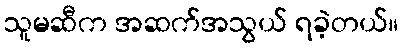
သူမဆီက အဆက်အသွယ် ရခဲ့တယ်။